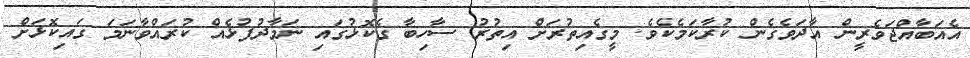
އެއަބާއްޖަވެރީން އާދަވެގެން ކުރާކަމެކެވެ. މީގެއިތުރަށް އިތުރު ސާހިބާ ގެކޮޅުގައި ނަމާދުފުޅެއް ކުރައްވާނަމަ ގައިކޮޅަށް